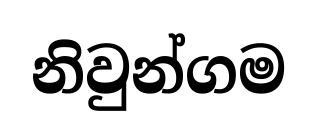
නිවුන්ගම